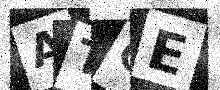
Text: ATGE